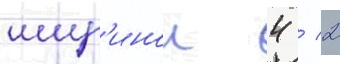
шир'инои 4 / 2